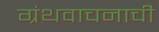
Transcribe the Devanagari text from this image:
ग्रंथवाचनाची